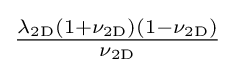
{\tfrac {\lambda _{\mathrm {2D} }(1+\nu _{\mathrm {2D} })(1-\nu _{\mathrm {2D} })}{\nu _{\mathrm {2D} }}}